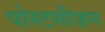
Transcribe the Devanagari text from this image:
पोस्टसीज़न